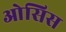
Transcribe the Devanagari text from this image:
ओसिस